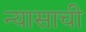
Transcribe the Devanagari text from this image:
न्यासाची